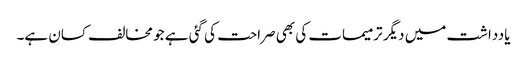
یادداشت میں دیگر ترمیمات کی بھی صراحت کی گئی ہے جو مخالف کسان ہے۔